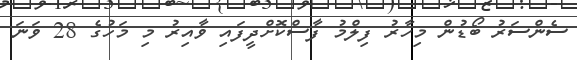
ސެންސަރު ބޯޑުން މިހާރު ފިލްމު ފާސްކޮށްދީފައި ވާއިރު މި މަހުގެ 28 ވަނަ